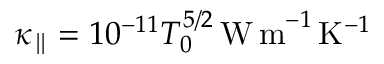
\kappa _ { \parallel } = 1 0 ^ { - 1 1 } T _ { 0 } ^ { 5 / 2 } \, \mathrm { W \, m } ^ { - 1 } \, \mathrm { K } ^ { - 1 }